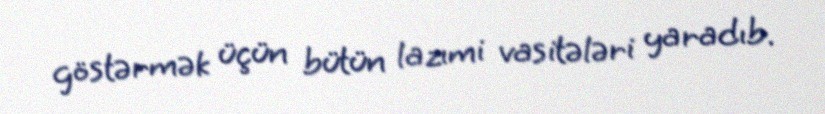
göstərmək üçün bütün lazımi vasitələri yaradıb.